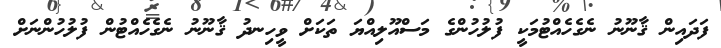
ފަދައިން ޤާނޫނު ނެގެހެއްޓުމަކީ ފުލުހުންގެ މަސްއޫލިއްޔަ ތަކަށް ވީހިނދު ޤާނޫނު ނެގެހެއްޓުން ފުލުހުންނަށް